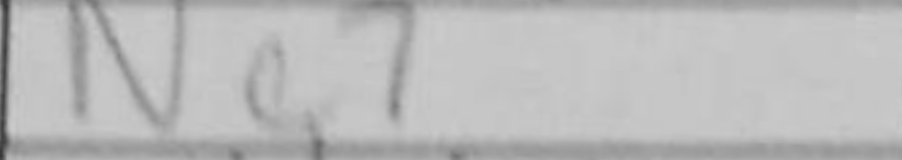
Transcription: Nc7